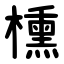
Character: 櫄